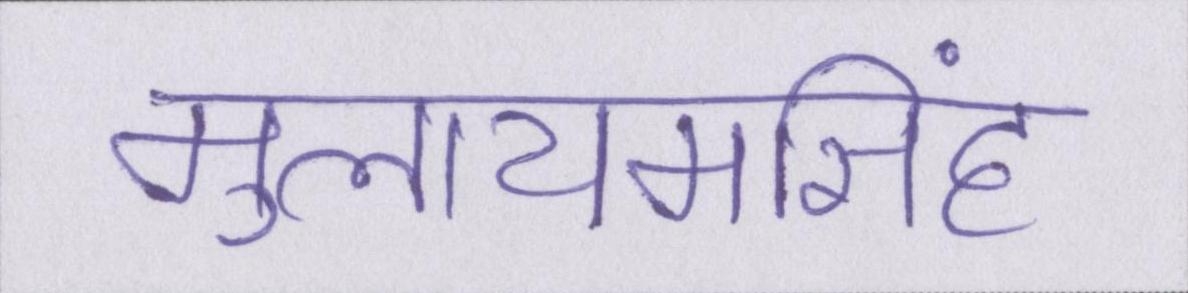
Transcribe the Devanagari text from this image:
मुलायमसिंह